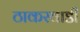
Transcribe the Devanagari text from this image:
ठाकरवाडी